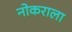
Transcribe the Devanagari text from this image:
नोकराला